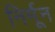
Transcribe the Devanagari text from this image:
निर्मून